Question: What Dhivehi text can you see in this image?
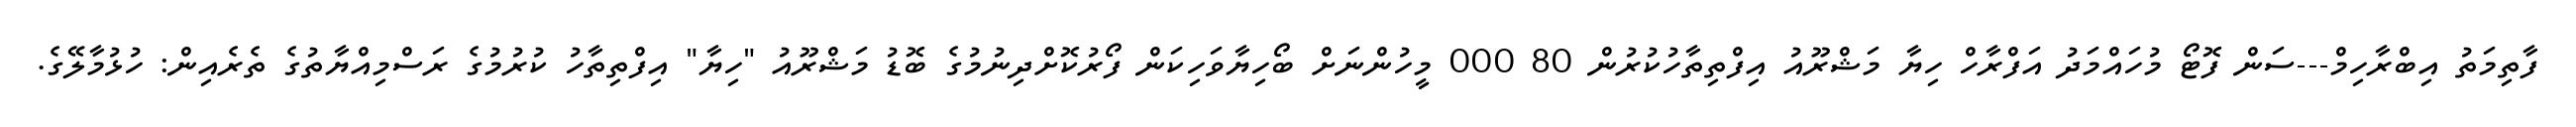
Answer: ފާތިމަތު އިބްރާހިމް---ސަން ފޮޓޯ މުހައްމަދު އަފްރާހް ހިޔާ މަޝްރޫއު އިފްތިތާހުކުރުން 80 000 މީހުންނަށް ބޯހިޔާވަހިކަން ފޯރުކޮށްދިނުމުގެ ބޮޑު މަޝްރޫއު "ހިޔާ" އިފްތިތާހު ކުރުމުގެ ރަސްމިއްޔާތުގެ ތެރެއިން: ހުޅުމާލޭގެ.